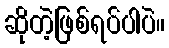
ဆိုတဲ့ဖြစ်ရပ်ပါပဲ။